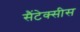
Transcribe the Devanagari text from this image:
सैंटेक्सीस